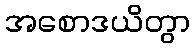
အစောဒယိတွာ